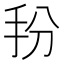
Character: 𭠓